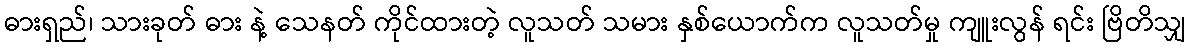
ဓားရှည်၊ သားခုတ် ဓား နဲ့ သေနတ် ကိုင်ထားတဲ့ လူသတ် သမား နှစ်ယောက်က လူသတ်မှု ကျူးလွန် ရင်း ဗြိတိသျှ